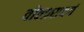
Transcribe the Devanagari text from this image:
वोल्फ़्सबर्ग